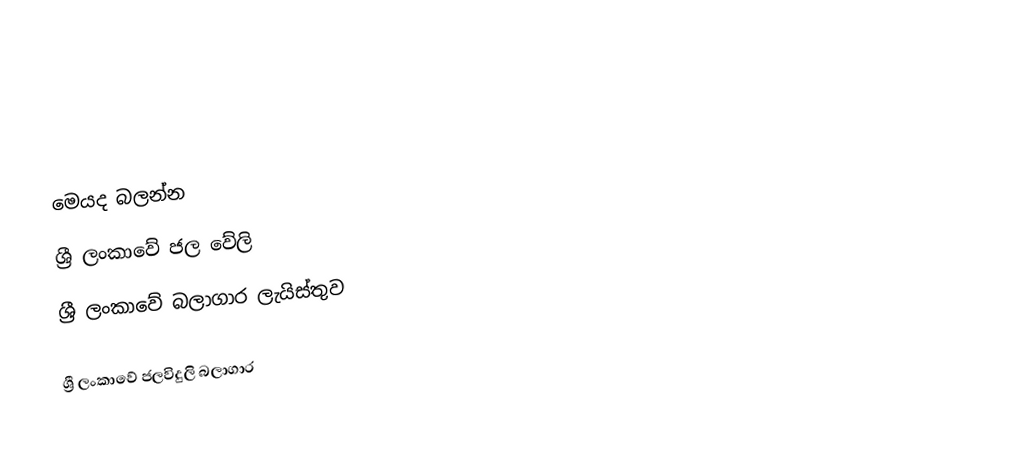

මෙයද බලන්න
ශ්‍රී ලංකාවේ ජල වේලි
ශ්‍රී ලංකාවේ බලාගාර ලැයිස්තුව

ශ්‍රී ලංකාවේ ජලවිදුලි බලාගාර